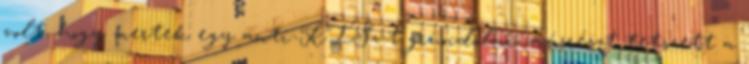
volt, hogy mertek egy anti-KISz-t gründolni, másrészt tetszett a